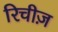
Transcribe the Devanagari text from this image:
रिचीज़